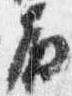
殿